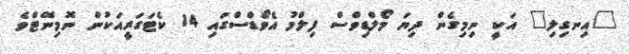
"އިނގިލި" އަކީ ނިމިގެން ދިޔަ މޯލްޑިވްސް ފިލްމު އެވޯޑްސްގައި 14 ކެޓަގަރީއަކުން ނޮމިނޭޓްވެ